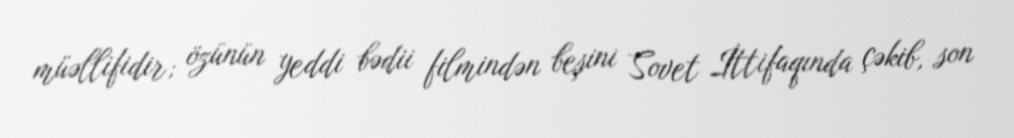
müəllifidir; özünün yeddi bədii filmindən beşini Sovet İttifaqında çəkib, son